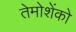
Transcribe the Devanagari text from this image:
तेमोशेंको